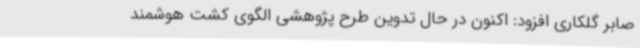
صابر گلکاری افزود: اکنون در حال تدوین طرح پژوهشی الگوی کشت هوشمند